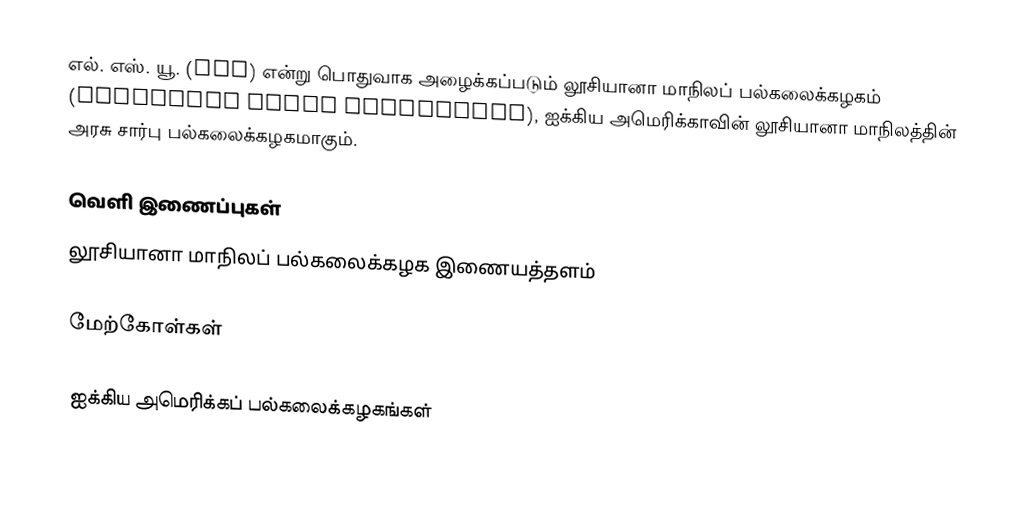
எல். எஸ். யூ. (LSU) என்று பொதுவாக அழைக்கப்படும் லூசியானா மாநிலப் பல்கலைக்கழகம் (Louisiana State University), ஐக்கிய அமெரிக்காவின் லூசியானா மாநிலத்தின் அரசு சார்பு பல்கலைக்கழகமாகும்.

வெளி இணைப்புகள்
லூசியானா மாநிலப் பல்கலைக்கழக இணையத்தளம்

மேற்கோள்கள்

ஐக்கிய அமெரிக்கப் பல்கலைக்கழகங்கள்